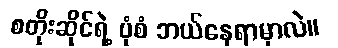
စတိုးဆိုင်ရဲ့ ပုံစံ ဘယ်နေရာမှာလဲ။